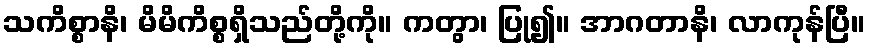
သကိစ္စာနိ၊ မိမိကိစ္စရှိသည်တို့ကို။ ကတွာ၊ ပြု၍။ အာဂတာနိ၊ လာကုန်ပြီ။